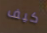
كيف